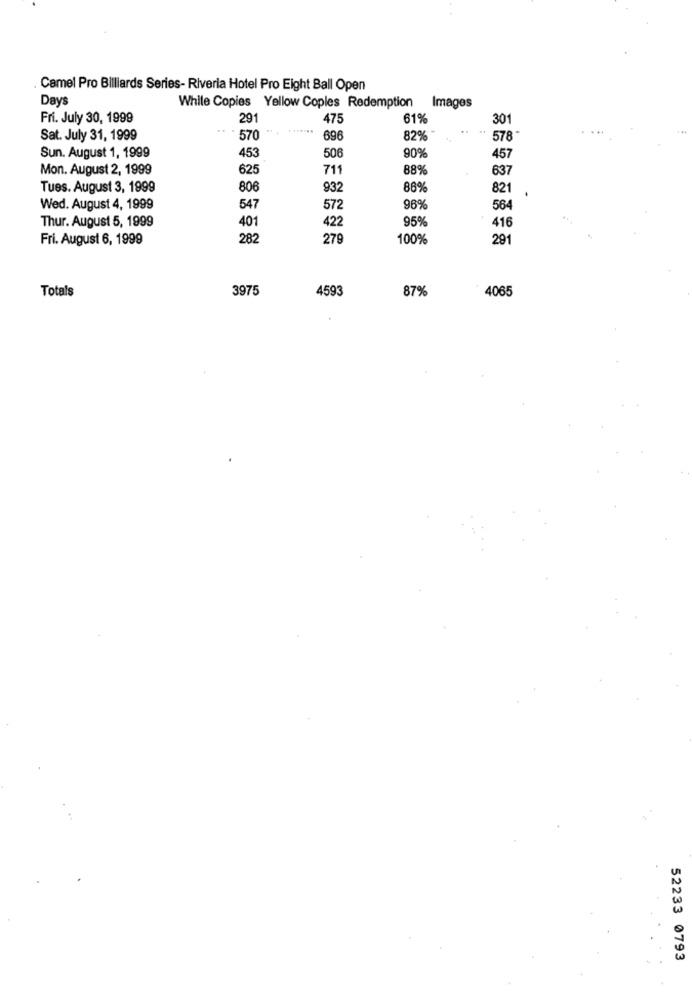
. Camel Pro Billiards Series- Riveria Hotel Pro Eight Ball Open
Days
While Copies Yellow Copies Redemption Images
Fri. July 30, 1999
291
475
61%
301
Sat. July 31, 1999
570
696
82% *
578
50
90%
Sun. August 1, 1999
453
457
Mon. August 2, 1999
625
71
88%
637
Tues. August 3, 1999
806
932
88%
821
Wed. August 4, 1999
547
572
96%
564
Thur. August 5, 1999
40
422
95%
416
Fri. August 6, 1999
282
279
100%
291
Totals
3975
4593
87%
4065
52233 0793